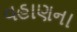
વહાણના